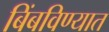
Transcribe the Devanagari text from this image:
बिंबविण्यात